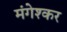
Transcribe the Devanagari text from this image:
मंगेश्कर